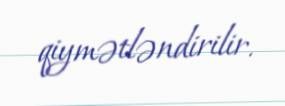
qiymətləndirilir.